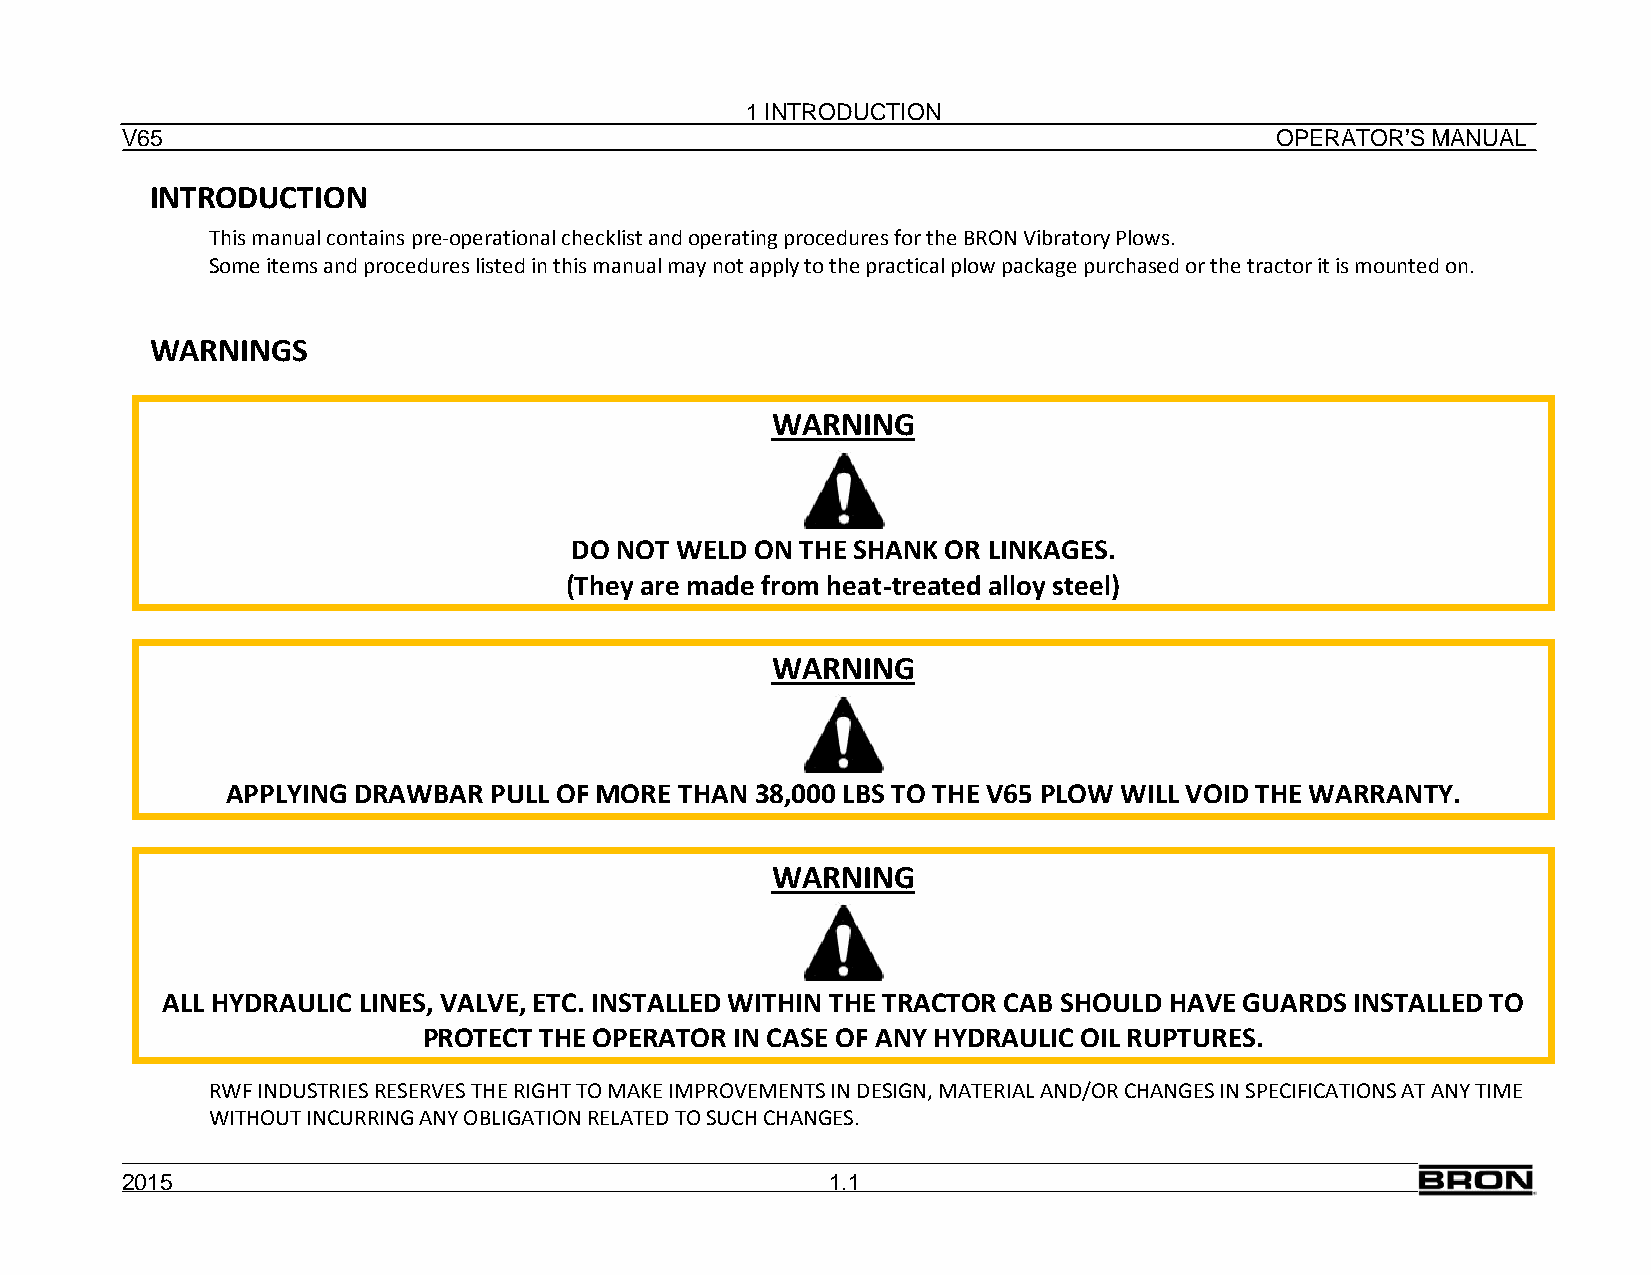
1 INTRODUCTION
 V65                                                                         OPERATOR’S MANUAL
 INTRODUCTION
 This manual contains pre-operational checklist and operating procedures for the BRON Vibratory Plows.
 Some items and procedures listed in this manual may not apply to the practical plow package purchased or the tractor it is mounted on.
 WARNINGS
 WARNING
 DO NOT WELD ON THE SHANK OR LINKAGES.
 (They are made from heat-treated alloy steel)
 WARNING
 APPLYING DRAWBAR PULL OF MORE THAN 38,000 LBS TO THE V65 PLOW WILL VOID THE WARRANTY.
 WARNING
 ALL HYDRAULIC LINES, VALVE, ETC. INSTALLED WITHIN THE TRACTOR CAB SHOULD HAVE GUARDS INSTALLED TO
 PROTECT THE OPERATOR IN CASE OF ANY HYDRAULIC OIL RUPTURES.
 RWF INDUSTRIES RESERVES THE RIGHT TO MAKE IMPROVEMENTS IN DESIGN, MATERIAL AND/OR CHANGES IN SPECIFICATIONS AT ANY TIME
 WITHOUT INCURRING ANY OBLIGATION RELATED TO SUCH CHANGES.
 2015                                           1.1